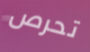
تحرص